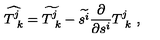
\widehat { T _ { \ k } ^ { j } } = \widetilde { T _ { \ k } ^ { j } } - \widetilde { s ^ { i } } { \frac { \partial } { \partial s ^ { i } } } { T _ { \ k } ^ { j } } \ ,